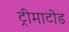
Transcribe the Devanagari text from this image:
ट्रीमाटोड